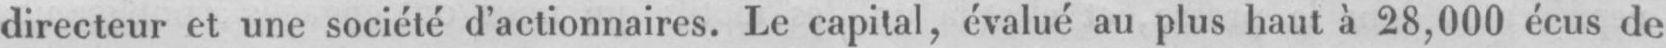
directeur et une société d’actionnaires. Le capital, évalué au plus haut à 28,000 écus de